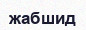
жабшид